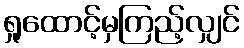
ရှုထောင့်မှကြည့်လျှင်